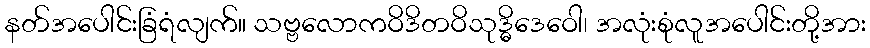
နတ်အပေါင်းခြံရံလျက်။ သဗ္ဗလောကဝိဒိတဝိသုဒ္ဓိဒေဝေါ၊ အလုံးစုံလူအပေါင်းတို့အား